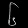
Digit: ၆